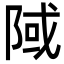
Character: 䧕